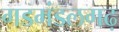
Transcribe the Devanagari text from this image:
गडमंडलगढ़